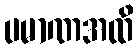
ပမာဏအထိ